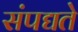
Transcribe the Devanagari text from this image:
संपद्यते